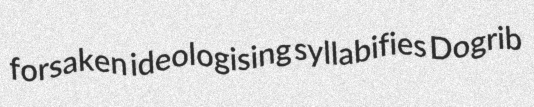
forsaken ideologising syllabifies Dogrib